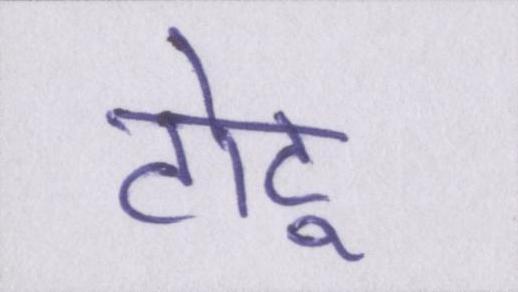
टोटू